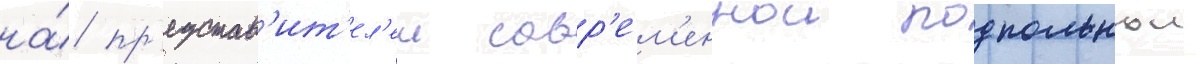
на́ пр'едстав'ит'ел'еи совр'ем'еннои подпольнои